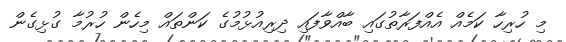
މި ހުރިހާ ކަމެއް އެއްފަރާތުގައި ބާއްވާފައި ދިރިއުޅުމުގެ ކަންތައް މިހެން ހުރުމާ ގުޅިގެން